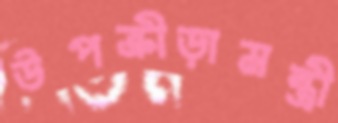
উপক্রীড়ামন্ত্রী